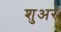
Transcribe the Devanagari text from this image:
शुअर